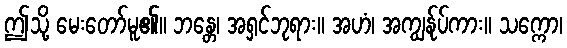
ဤသို့ မေးတော်မူ၏။ ဘန္တေ၊ အရှင်ဘုရား။ အဟံ၊ အကျွန်ုပ်ကား။ သက္ကော၊